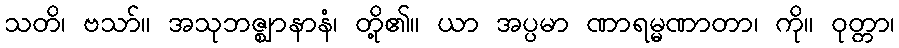
သတိ၊ ဗသာ်။ အသုဘဇ္ဈာနာနံ၊ တို့၏။ ယာ အပ္ပမာ ဏာရမ္မဏာတာ၊ ကို။ ဝုတ္တာ၊